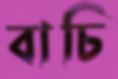
বাচি